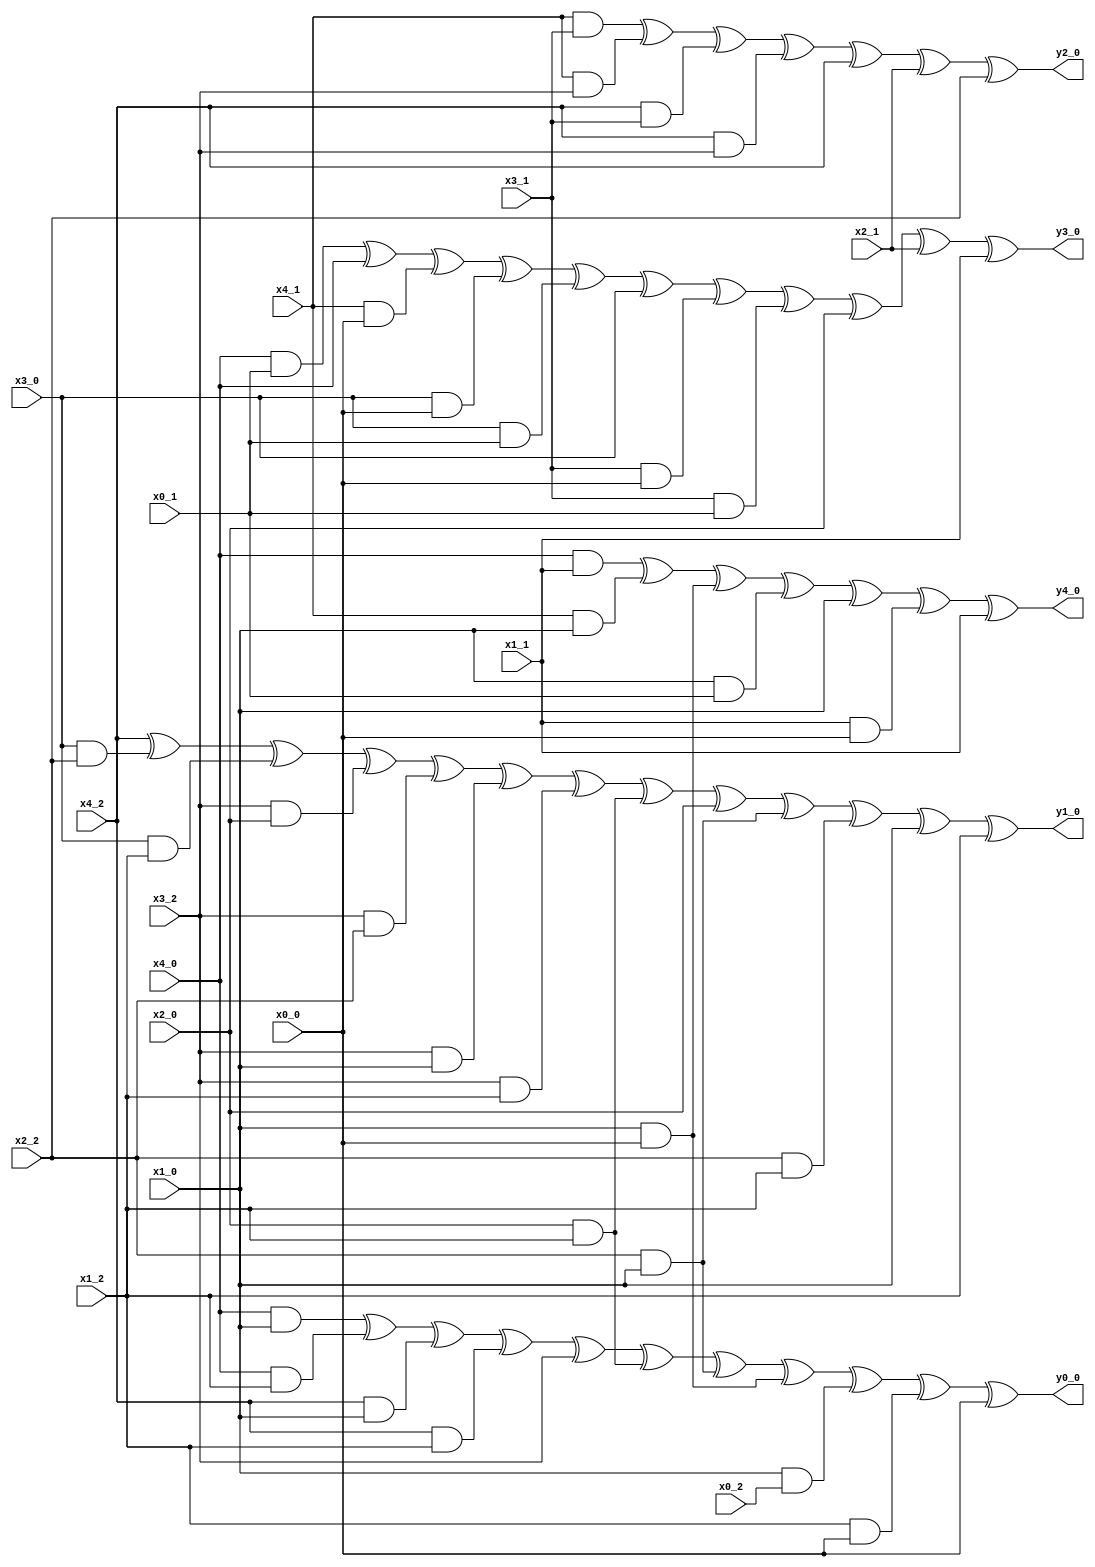
module sub_layer_ti_0 (
    input x0_0,x1_0,x2_0,x3_0,x4_0,
    input x0_1,x1_1,x2_1,x3_1,x4_1,
    input x0_2,x1_2,x2_2,x3_2,x4_2,

    output y0_0,y1_0,y2_0,y3_0,y4_0
);

    assign y0_0 = (x4_0 & x1_0) ^ (x4_0 & x1_2) ^ (x4_2 & x1_0) ^ (x4_2 & x1_2) ^ x3_2 ^ (x2_0 & x1_2) ^ (x2_2 & x1_0) ^ (x1_0 & x0_0) ^ (x1_0 & x0_2) ^ (x1_2 & x0_0) ^ x0_0;
    assign y1_0 = x4_2 ^ (x3_0 & x2_2) ^ (x3_0 & x1_2) ^ (x3_2 & x2_0) ^ (x3_2 & x2_2) ^ (x3_2 & x1_0) ^ (x3_2 & x1_2) ^ (x2_0 & x1_2) ^ x2_0 ^ (x2_2 & x1_0) ^ (x2_2 & x1_2) ^ x1_0 ^ x1_2;
    assign y2_0 = (x4_1 & x3_1) ^ (x4_1 & x3_2) ^ (x4_2 & x3_1) ^ (x4_2 & x3_2) ^ x4_2 ^ x2_1 ^ x2_2;
    assign y3_0 = (x4_0 & x0_1) ^ x4_0 ^ (x4_1 & x0_0) ^ (x3_0 & x0_0) ^ (x3_0 & x0_1) ^ x3_0 ^ (x3_1 & x0_0) ^ (x3_1 & x0_1) ^ x2_0 ^ x2_1 ^ x1_1;
    assign y4_0 = (x4_0 & x1_1) ^ (x4_1 & x1_0) ^ (x1_0 & x0_0) ^ (x1_0 & x0_1) ^ x1_0 ^ (x1_1 & x0_0) ^ x1_1;

    assign y0_1 = (x4_0 & x1_1) ^ (x4_1 & x1_0) ^ (x4_1 & x1_1) ^ x3_0 ^ (x2_0 & x1_0) ^ (x2_0 & x1_1) ^ x2_0 ^ (x2_1 & x1_0) ^ (x2_1 & x1_1) ^ (x1_0 & x0_1) ^ x1_0 ^ (x1_1 & x0_0) ^ (x1_1 & x0_1);
    assign y1_1 = x4_0 ^ x4_1 ^ (x3_0 & x2_0) ^ (x3_0 & x2_1) ^ (x3_0 & x1_0) ^ (x3_0 & x1_1) ^ x3_0 ^ (x3_1 & x2_0) ^ (x3_1 & x1_0) ^ (x2_0 & x1_0) ^ (x2_0 & x1_1) ^ (x2_1 & x1_0) ^ x1_1 ^ x0_0 ^ x0_1;
    assign y2_1 = (x4_0 & x3_1) ^ x4_0 ^ (x4_1 & x3_0) ^ x4_1 ^ x1_0 ^ x1_1;
    assign y3_1 = (x4_0 & x0_0) ^ (x4_0 & x0_2) ^ (x4_2 & x0_0) ^ (x4_2 & x0_2) ^ (x3_0 & x0_2) ^ (x3_2 & x0_0) ^ (x3_2 & x0_2) ^ x2_2 ^ x1_0 ^ x1_2 ^ x0_0;
    assign y4_1 = (x4_1 & x1_1) ^ (x4_1 & x1_2) ^ x4_1 ^ (x4_2 & x1_1) ^ (x4_2 & x1_2) ^ x3_1 ^ x3_2 ^ (x1_1 & x0_1) ^ (x1_1 & x0_2) ^ (x1_2 & x0_1) ^ (x1_2 & x0_2);

    assign y0_2 = (x4_1 & x1_2) ^ (x4_2 & x1_1) ^ x3_1 ^ (x2_1 & x1_2) ^ x2_1 ^ (x2_2 & x1_1) ^ (x2_2 & x1_2) ^ x2_2 ^ (x1_1 & x0_2) ^ x1_1 ^ (x1_2 & x0_1) ^ (x1_2 & x0_2) ^ x1_2 ^ x0_1 ^ x0_2;
    assign y1_2 = (x3_1 & x2_1) ^ (x3_1 & x2_2) ^ (x3_1 & x1_1) ^ (x3_1 & x1_2) ^ x3_1 ^ (x3_2 & x2_1) ^ (x3_2 & x1_1) ^ x3_2 ^ (x2_1 & x1_1) ^ (x2_1 & x1_2) ^ x2_1 ^ (x2_2 & x1_1) ^ x2_2 ^ x0_2;
    assign y2_2 = (x4_0 & x3_0) ^ (x4_0 & x3_2) ^ (x4_2 & x3_0) ^ x2_0 ^ x1_2 ^ 1;
    assign y3_2 = (x4_1 & x0_1) ^ (x4_1 & x0_2) ^ x4_1 ^ (x4_2 & x0_1) ^ x4_2 ^ (x3_1 & x0_2) ^ x3_1 ^ (x3_2 & x0_1) ^ x3_2 ^ x0_1 ^ x0_2;
    assign y4_2 = (x4_0 & x1_0) ^ (x4_0 & x1_2) ^ x4_0 ^ (x4_2 & x1_0) ^ x4_2 ^ x3_0 ^ (x1_0 & x0_2) ^ (x1_2 & x0_0) ^ x1_2;

endmodule